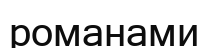
романами